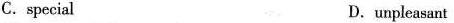
C.special D.unpleasant